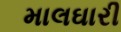
માલઘારી